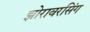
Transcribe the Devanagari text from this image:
झोरावरसिंग